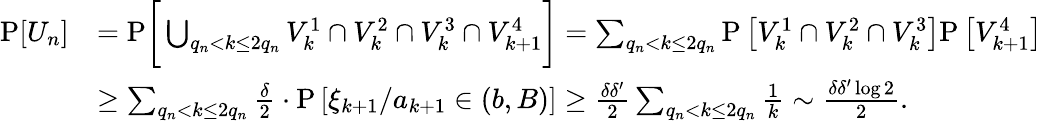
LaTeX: \begin{array}{rl}{\mathrm{P}[U_{n}]}&{=\mathrm{P}\bigg[\bigcup_{q_{n}<k\le 2q_{n}}V_{k}^{1}\cap V_{k}^{2}\cap V_{k}^{3}\cap V_{k+1}^{4}\bigg]=\sum_{q_{n}<k\le 2q_{n}}\mathrm{P}\left[V_{k}^{1}\cap V_{k}^{2}\cap V_{k}^{3}\right]\mathrm{P}\left[V_{k+1}^{4}\right]}\\ &{\ge\sum_{q_{n}<k\le 2q_{n}}\frac{\delta}{2}\cdot\mathrm{P}\left[\xi_{k+1}/a_{k+1}\in(b,B)\right]\ge\frac{\delta\delta^{\prime}}{2}\sum_{q_{n}<k\le 2q_{n}}\frac 1k\sim\frac{\delta\delta^{\prime}\log 2}{2}.}\end{array}